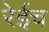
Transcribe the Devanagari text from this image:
रेईच